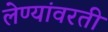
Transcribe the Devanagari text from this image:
लेण्यांवरती